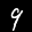
Label: 9